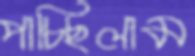
পাচ্ছিলাম